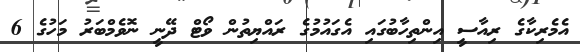
އެމެރިކާގެ ރިއާސީ އިންތިހާބުގައި އެގައުމުގެ ރައްޔިތުން ވޯޓް ދޭނީ ނޮވެމްބަރު މަހުގެ 6